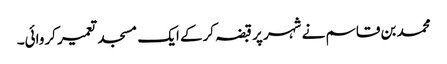
محمد بن قاسم نے شہر پر قبضہ کرکے ایک مسجد تعمیر کروائی۔